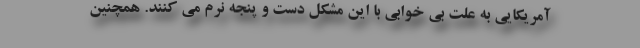
آمریکایی به علت بی خوابی با این مشکل دست و پنجه نرم می کنند. همچنین